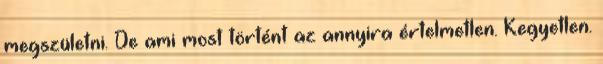
megszületni. De ami most történt az annyira értelmetlen. Kegyetlen.